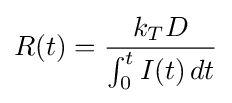
R(t)={\frac {k_{T}D}{\int _{0}^{t}I(t)\,dt}}